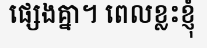
ផ្សេងគ្នា។ ពេលខ្លះខ្ញុំ